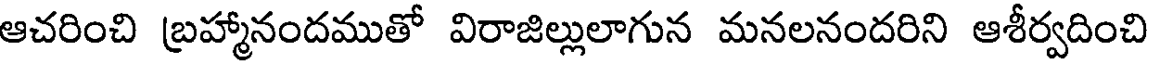
ఆచరించి బ్రహ్మానందముతో విరాజిల్లులాగున మనలనందరిని ఆశీర్వదించి